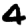
Digit: 4